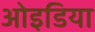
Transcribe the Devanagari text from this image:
ओइडिया